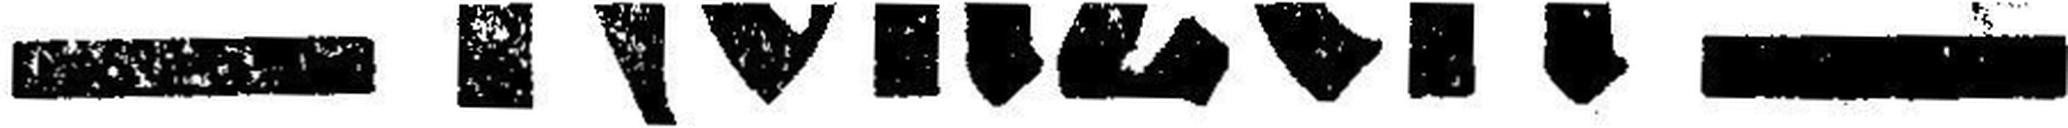
Konzert